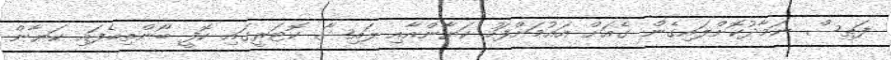
ފަތިސް ނަމާދުކޮށްލައިގެން ގެއަށް އައުމަށްފަހު ކަޔާންއާއި ލައިޝާ ކޮޓަރީގައި ކޮފީ ބޯންތިބެފައި ކަޔާން